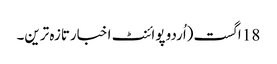
18 اگست(اُردو پوائنٹ اخبارتازہ ترین۔